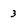
Character: 3